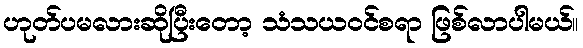
ဟုတ်ပမလားဆိုပြီးတော့ သံသယဝင်စရာ ဖြစ်လာပါမယ်။